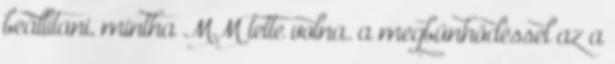
beállítani, mintha MM tette volna. a megbűnhődéssel az a